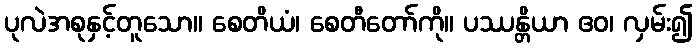
ပုလဲအစုနှင့်တူသော။ စေတိယံ၊ စေတီတော်ကို။ ပဿန္တိယာ ဧဝ၊ လှမ်း၍